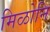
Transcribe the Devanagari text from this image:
मिळोनि